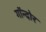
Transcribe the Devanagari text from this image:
गॉन्दोर